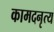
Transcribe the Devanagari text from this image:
कामदनृत्य